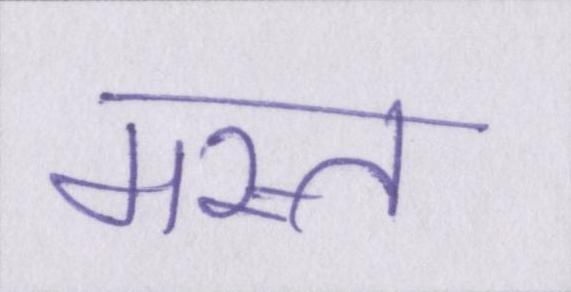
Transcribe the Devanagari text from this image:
मस्त